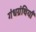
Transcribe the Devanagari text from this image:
गंधग्रंथियाँ